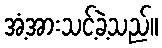
အံ့အားသင့်ခဲ့သည်။